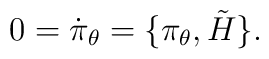
0=\dot\pi_\theta=\lbrace \pi_\theta , \tilde H\rbrace .